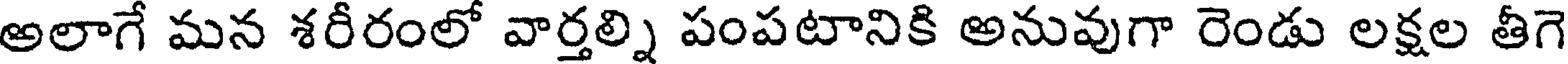
అలాగే మన శరీరంలో వార్తల్ని పంపటానికి అనువుగా రెండు లక్షల తీగె